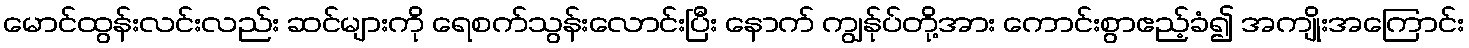
မောင်ထွန်းလင်းလည်း ဆင်များကို ရေစက်သွန်းလောင်းပြီး နောက် ကျွန်ုပ်တို့အား ကောင်းစွာဧည့်ခံ၍ အကျိုးအကြောင်း